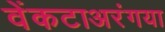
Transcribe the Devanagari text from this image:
वेंकटाअरंगया